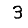
Digit: 3